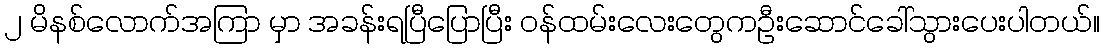
၂ မိနစ်လောက်အကြာ မှာ အခန်းရပြီပြောပြီး ဝန်ထမ်းလေးတွေကဦးဆောင်ခေါ်သွားပေးပါတယ်။